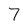
Character: 7